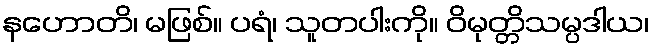
နဟောတိ၊ မဖြစ်။ ပရံ၊ သူတပါးကို။ ဝိမုတ္တိသမ္ပဒါယ၊